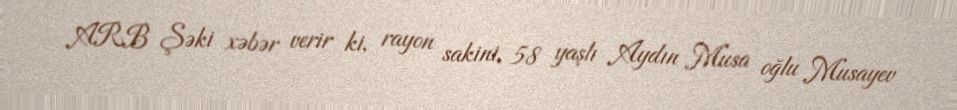
ARB Şəki xəbər verir ki, rayon sakini, 58 yaşlı Aydın Musa oğlu Musayev